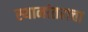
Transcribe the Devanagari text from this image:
स्थानांतराचा